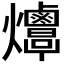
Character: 𤓠